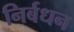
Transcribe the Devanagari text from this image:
निर्बधन